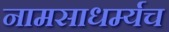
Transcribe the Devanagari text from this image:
नामसाधर्म्यच